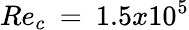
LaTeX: Re_{c}\: =\: 1.5x10^{5}